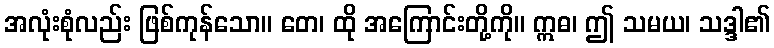
အလုံးစုံလည်း ဖြစ်ကုန်သော။ တေ၊ ထို အကြောင်းတို့ကို။ ဣဓ၊ ဤ သမယ၊ သဒ္ဒါ၏